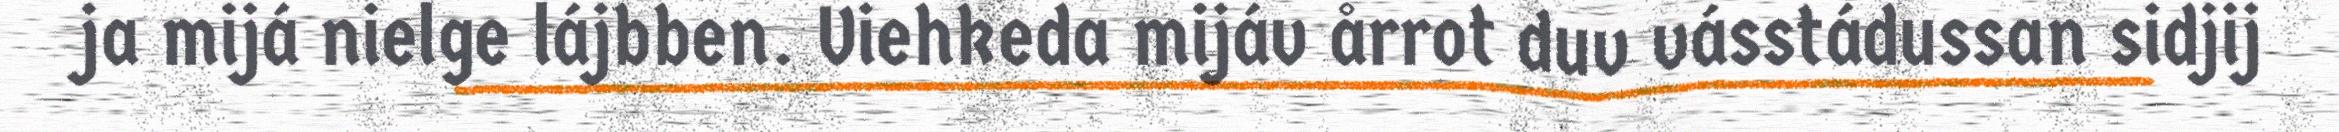
ja mijá nielge lájbben. Viehkeda mijáv årrot duv vásstádussan sidjij